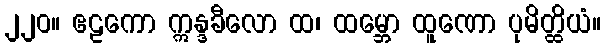
၂၂၀။ ဧဠကော ဣန္ဒခီလော ထ၊ ထမ္ဘော ထူဏော ပုမိတ္ထိယံ။